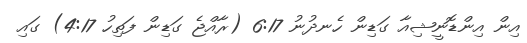
އިން އިންޑޮނީޝިއާ ގަޑިން ހެނދުނު 6:17 (ރާއްޖެ ގަޑިން ފަތިހު 4:17) ގައި